Madras plague regulations and rules - Volume 1
Disease focus: Plague
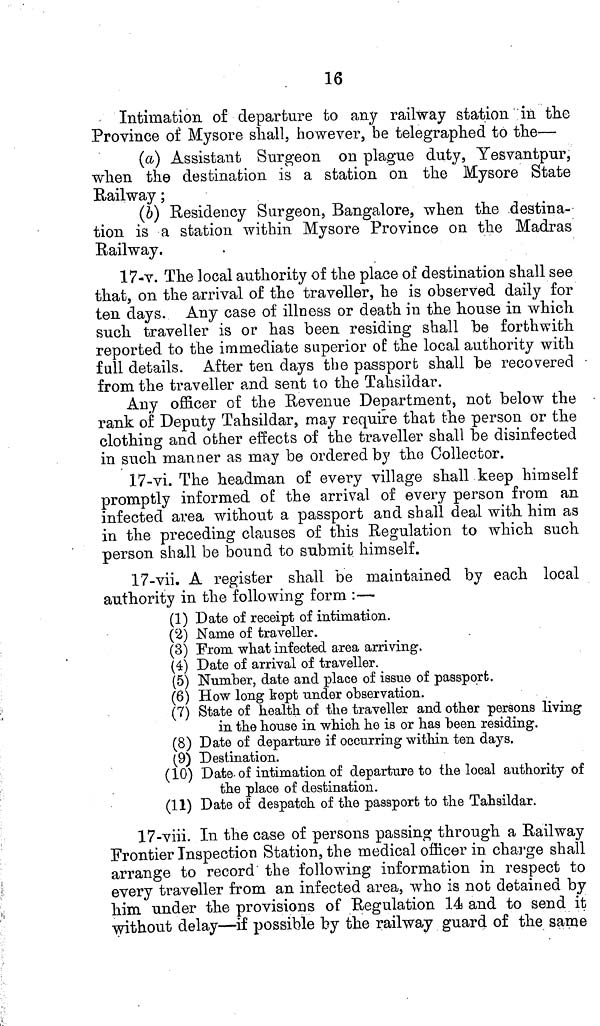
16
Intimation of departure to any railway station in the
Province of Mysore shall, however, be telegraphed to the—
(a) Assistant Surgeon on plague duty, Yesvantpur,
when the destination is a station on the Mysore State
Railway;
(b) Residency Surgeon, Bangalore, when the destina-
tion is a station within Mysore Province on the Madras
Railway.
17-v. The local authority of the place of destination shall see
that, on the arrival of the traveller, he is observed daily for
ten days. Any case of illness or death in the house in which
such traveller is or has been residing shall be forthwith
reported to the immediate superior of the local authority with
full details. After ten days the passport shall be recovered •
from the traveller and sent to the Tahsildar.
Any officer of the Revenue Department, not below the
rank of Deputy Tahsildar, may require that the person or the
clothing and other effects of the traveller shall be disinfected
in such manner as may be ordered by the Collector.
17-vi. The headman of every village shall keep himself
promptly informed of the arrival of every person from an
infected area without a passport and shall deal with him as
in the preceding clauses of this Regulation to which such
person shall be bound to submit himself.
17-vii. A register shall be maintained by each local
authority in the following form :—
(1) Date of receipt of intimation.
(2) Name of traveller.
(3) From what infected area arriving.
(4) Date of arrival of traveller.
(5) Number, date and place of issue of passport.
(6) How long kept under observation.
(7) State of health of the traveller and other persons living
in the house in which he is or has been residing.
(8) Date of departure if occurring within ten days,
(9) Destination.
(10) Date of intimation of departure to the local authority of
the place of destination.
(11) Date of despatch of the passport to the Tahsildar.
17-viii. In the case of persons passing through a Railway
Frontier Inspection Station, the medical officer in charge shall
arrange to record the following information in respect to
every traveller from an infected area, who is not detained by
him under the provisions of Regulation 14 and to send it
without delay—if possible by the railway guard of the same